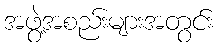
အဖွဲ့အစည်းများအတွင်း